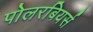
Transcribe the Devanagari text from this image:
पोलरबियर्स